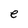
Character: e